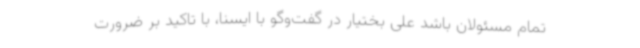
تمام مسئولان باشد علی بختیار در گفت‌وگو با ایسنا، با تاکید بر ضرورت